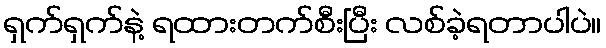
ရှက်ရှက်နဲ့ ရထားတက်စီးပြီး လစ်ခဲ့ရတာပါပဲ။